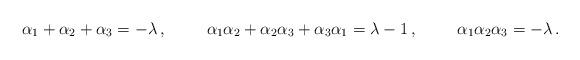
LaTeX: \begin{align*}\alpha_1+\alpha_2+\alpha_3 =-\lambda\, ,\hspace{1cm}\alpha_1\alpha_2+\alpha_2\alpha_3+\alpha_3\alpha_1 =\lambda -1 \, ,\hspace{1cm}\alpha_1\alpha_2\alpha_3 = -\lambda \, .\end{align*}